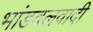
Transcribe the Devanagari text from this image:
भांडवलवादी